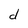
Character: d